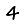
Digit: 4